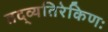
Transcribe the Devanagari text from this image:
तद्व्यतिरेकिणः